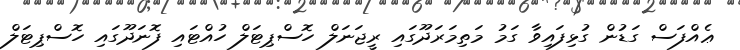
ޢެއްފަސް ގަޑުން ގުޅިފައިވާ ގަމު މަތިމަރަދޫގައި ރީޖަނަލް ހޮސްޕިޓަލް ހުއްޓައި ފޮނަދޫގައި ހޮސްޕިޓަލް